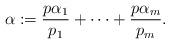
LaTeX: \begin{align*}\alpha:=\frac{p\alpha_1}{p_1}+\cdots+\frac{p\alpha_m}{p_m}.\end{align*}